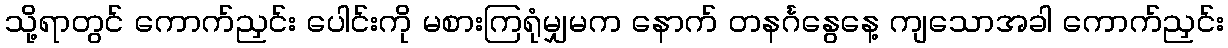
သို့ရာတွင် ကောက်ညှင်း ပေါင်းကို မစားကြရုံမျှမက နောက် တနင်္ဂနွေနေ့ ကျသောအခါ ကောက်ညှင်း